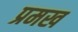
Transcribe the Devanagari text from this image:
प्रमख